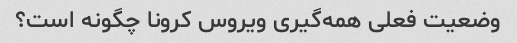
وضعیت فعلی همه‌گیری ویروس کرونا چگونه است؟